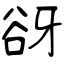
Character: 谺